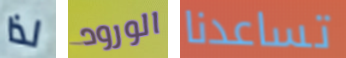
لذا الورود تساعدنا